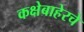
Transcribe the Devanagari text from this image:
कक्षेबाहेरचे